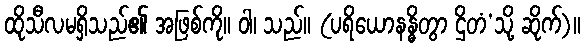
ထိုသီလမရှိသည်၏ အဖြစ်ကို။ ဝါ၊ သည်။ (ပရိယောနန္ဓိတွာ ဌိတံ’သို့ ဆိုက်)။